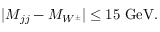
| M _ { j j } - M _ { W ^ { \pm } } | \le 1 5 \ \mathrm { G e V } .